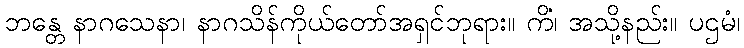
ဘန္တေ နာဂသေနာ၊ နာဂသိန်ကိုယ်တော်အရှင်ဘုရား။ ကိံ၊ အသို့နည်း။ ပဌမံ၊